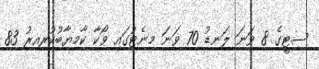
ސިޓީގެ 8 ވަނަ ލަނޑު 70 ވަނަ މިނެޓުގައި ވޯކާ ކާމިޔާބުކުރިއިރު 83